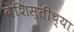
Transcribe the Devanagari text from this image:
बेशिस्तीच्या